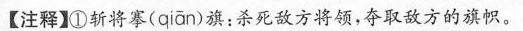
【注释】①斩将骞(qian)旗：杀死敌方将领，夺取敌方的旗帜。